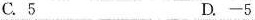
C.5 D.-5